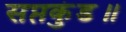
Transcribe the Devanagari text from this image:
सप्तकुंड॥